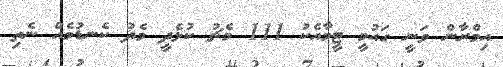
އިމްރާން ވަނީ ގައުމީ ޓީމާއެކު 111 މެޗު ކުޅެދީ މެދު ކެނޑުމެއް ނެތި